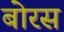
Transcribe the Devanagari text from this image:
बोरस